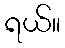
ရယ်။